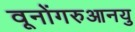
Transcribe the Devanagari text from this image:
वूनोंगरुआनयु